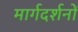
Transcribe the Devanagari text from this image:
मार्गदर्शनों